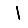
Digit: 1